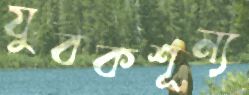
যুবকশূন্য